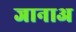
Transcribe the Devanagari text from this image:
जानाअ